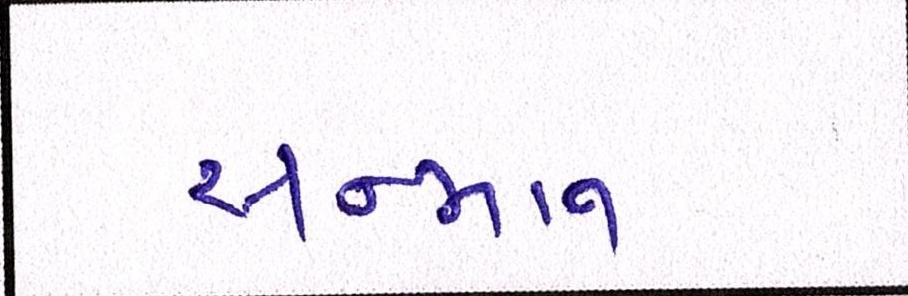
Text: સન્માન